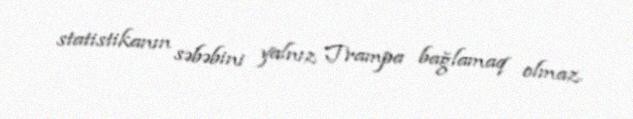
statistikanın səbəbini yalnız Trampa bağlamaq olmaz.